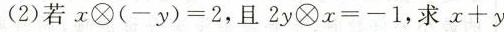
(2)若$$x \otimes ( - y ) = 2$$，且$$2 y \otimes x = -1$$，求$$x + y$$